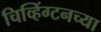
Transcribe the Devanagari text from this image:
चिव्हिंग्टनच्या